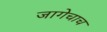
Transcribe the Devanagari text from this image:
जागेचाच